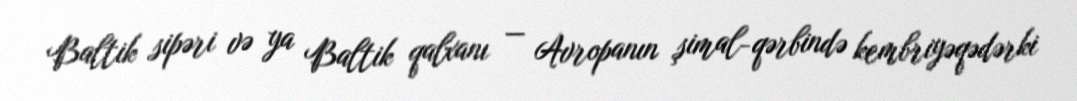
Baltik sipəri və ya Baltik qalxanı — Avropanın şimal-qərbində kembriyəqədərki